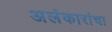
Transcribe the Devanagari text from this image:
अलंकारांचा